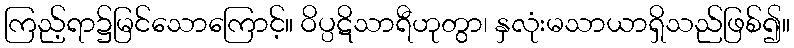
ကြည့်ရာ၌မြင်သောကြောင့်။ ဝိပ္ပဋိသာရီဟုတွာ၊ နှလုံးမသာယာရှိသည်ဖြစ်၍။